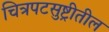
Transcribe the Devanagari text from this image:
चित्रपटसुष्ट्रीतील